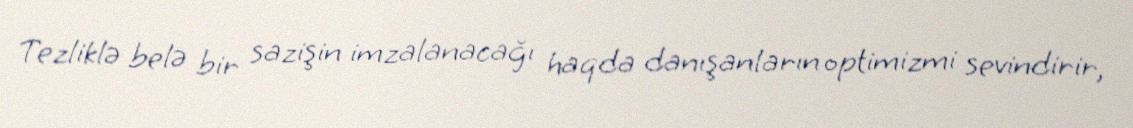
Tezliklə belə bir sazişin imzalanacağı haqda danışanların optimizmi sevindirir,